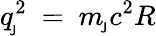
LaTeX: q_{\! _{\mathsf{J}}}^{2}\ =\ m_{\! _{\mathsf{J}}}c^{2}R